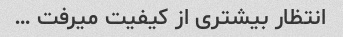
انتظار بیشتری از کیفیت میرفت …